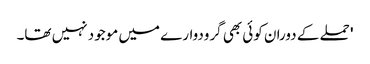
' حملے کے دوران کوئی بھی گرودوارے میں موجود نہیں تھا۔